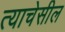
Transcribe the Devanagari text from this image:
त्याचेसील